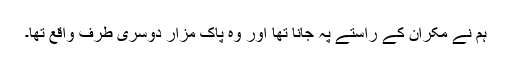
ہم نے مکران کے راستے پہ جانا تھا اور وہ پاک مزار دوسری طرف واقع تھا۔